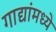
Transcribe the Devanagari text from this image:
गाद्यांमध्ये